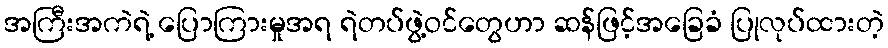
အကြီးအကဲရဲ့ ပြောကြားမှုအရ ရဲတပ်ဖွဲ့ဝင်တွေဟာ ဆန်ဖြင့်အခြေခံ ပြုလုပ်ထားတဲ့